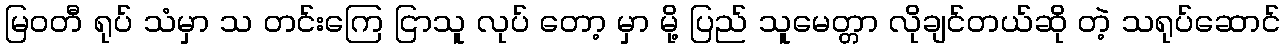
မြဝတီ ရုပ် သံမှာ သ တင်းကြေ ငြာသူ လုပ် တော့ မှာ မို့ ပြည် သူမေတ္တာ လိုချင်တယ်ဆို တဲ့ သရုပ်ဆောင်